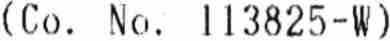
(CO. NO. 113825-W)